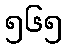
၅၆၅